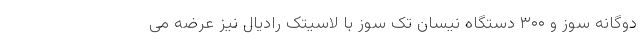
دوگانه سوز و ۳۰۰ دستگاه نیسان تک سوز با لاسیتک رادیال نیز عرضه می